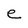
Character: e